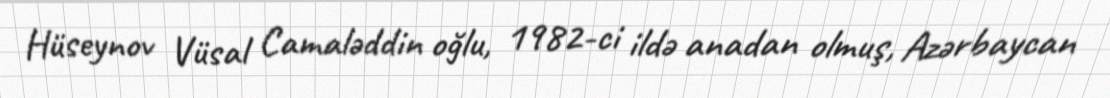
Hüseynov Vüsal Camaləddin oğlu, 1982-ci ildə anadan olmuş, Azərbaycan